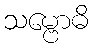
သမ္ဗောဓိ